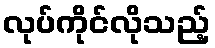
လုပ်ကိုင်လိုသည့်